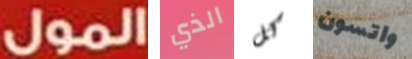
المول الذي كل واتسون